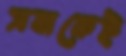
সবাকেই